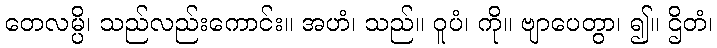
တေလမ္ပိ၊ သည်လည်းကောင်း။ အဟံ၊ သည်။ ဝူပံ၊ ကို။ ဗျာပေတွာ၊ ၍။ ဌိတံ၊